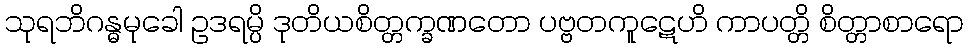
သုရဘိဂန္ဓမုခေါ ဥဒရမ္ပိ ဒုတိယစိတ္တက္ခဏတော ပဗ္ဗတကူဋေဟိ ကာပတ္တိ စိတ္တာစာရော